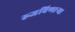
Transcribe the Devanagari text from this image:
रुजविणार्‍या